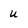
Character: u